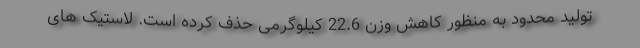
تولید محدود به منظور کاهش وزن 22.6 کیلوگرمی حذف کرده است. لاستیک های